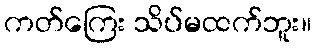
ကတ်ကြေး သိပ်မထက်ဘူး။